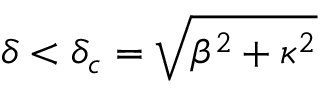
\delta < \delta _ { c } = \sqrt { \beta ^ { 2 } + \kappa ^ { 2 } }